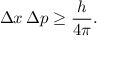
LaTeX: \Delta x \, \Delta p \geq { \frac { h } { 4 \pi } } .